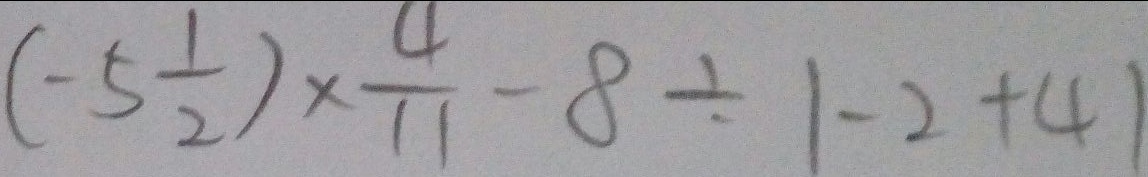
( - 5 \frac { 1 } { 2 } ) \times \frac { 4 } { 1 1 } - 8 \div 1 - 2 + 4 1